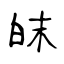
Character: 皌